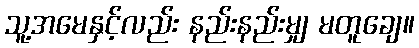
သူ့အမေနှင့်လည်း နည်းနည်းမျှ မတူချေ။